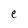
Character: e